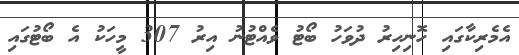
އެމެރިކާގައި ހޮނިހިރު ދުވަހު ބޯޓު ވެއްޓުނު އިރު 307 މީހަކު އެ ބޯޓުގައި